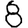
Digit: 8